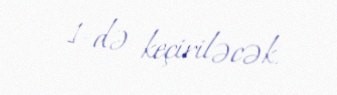
1-də keçiriləcək.